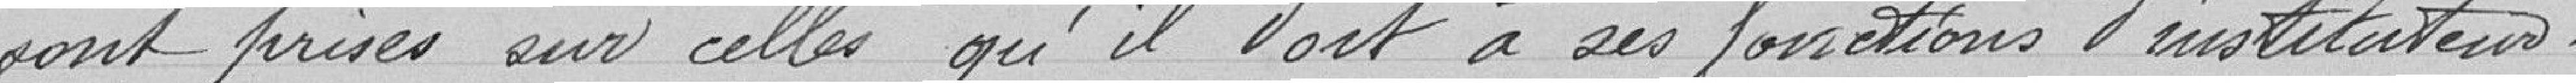
sont prises sur celles qu'il doit à ses fonctions d'instituteur.